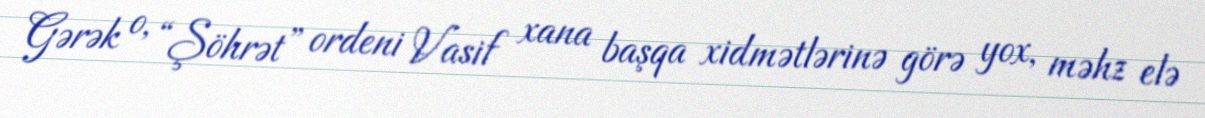
Gərək o, “Şöhrət” ordeni Vasif xana başqa xidmətlərinə görə yox, məhz elə